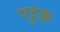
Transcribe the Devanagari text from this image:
पट्टक